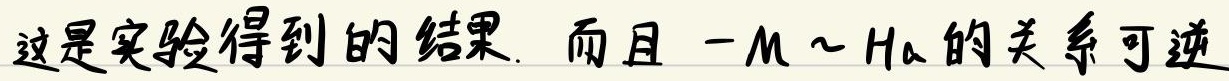
这是实验得到的结果. 而且 \(-M\sim H_a\)的关系可逆